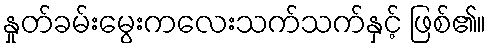
နှုတ်ခမ်းမွေးကလေးသက်သက်နှင့် ဖြစ်၏။